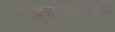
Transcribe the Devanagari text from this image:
साइन्एसाईटस